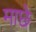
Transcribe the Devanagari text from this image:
माछे